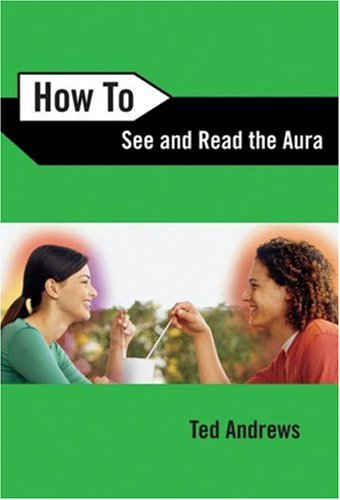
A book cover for How To See and Read The Aura (How To Series); Ted Andrews; Religion & Spirituality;